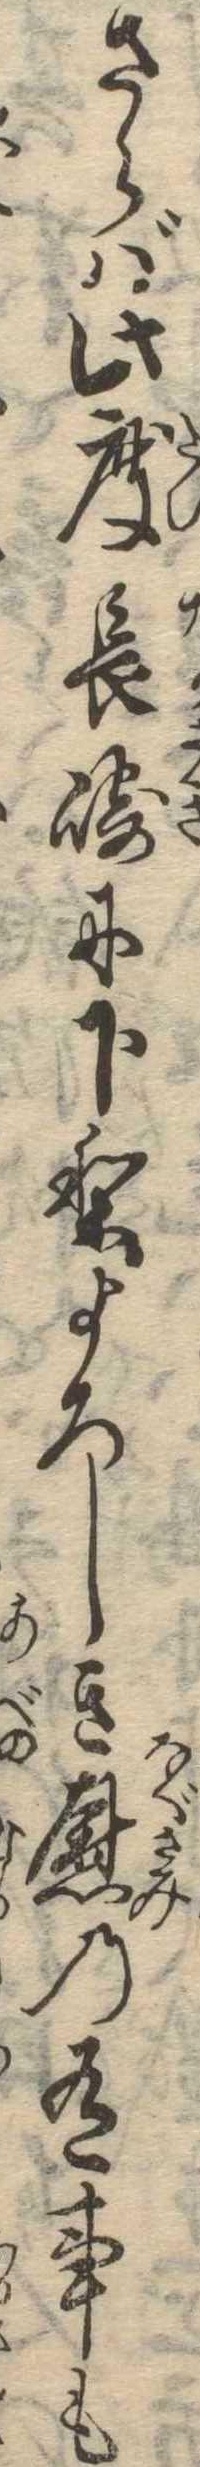
さらば此度長崎に下りよろしき慰の有事も